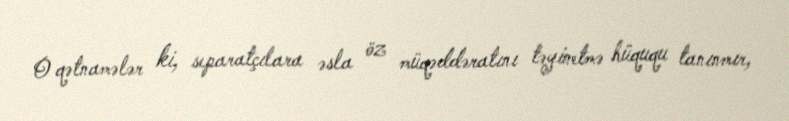
O qətnamələr ki, separatçılara əsla öz müqəddəratını təyinetmə hüququ tanınmır,